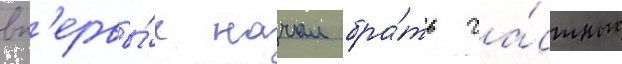
вп'ервы́е начал бра́ть ча́стные